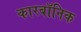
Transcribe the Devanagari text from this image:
कारबॉनिक